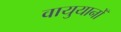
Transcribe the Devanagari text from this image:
वायुयानोँ